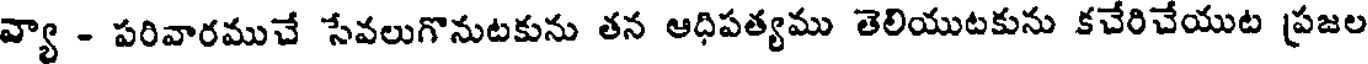
వ్యా - పరివారముచే సేవలుగొనుటకును తన ఆధిపత్యము తెలియుటకును కచేరిచేయుట ప్రజల